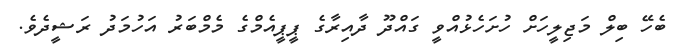
ބެހޭ ބިލް މަޖިލީހަށް ހުށަހެޅުއްވީ ގައްދޫ ދާއިރާގެ ޕީޕީއެމްގެ މެމްބަރު އަހުމަދު ރަޝީދެވެ.